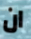
ان